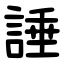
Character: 諈